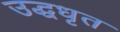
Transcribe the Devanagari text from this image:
उद्धधृत